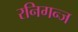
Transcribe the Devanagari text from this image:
रनिगन्ज